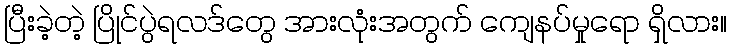
ပြီးခဲ့တဲ့ ပြိုင်ပွဲရလဒ်တွေ အားလုံးအတွက် ကျေနပ်မှုရော ရှိလား။